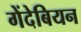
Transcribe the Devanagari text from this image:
गेंदेबियन